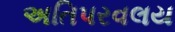
અતિપરવલય